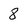
Character: 8